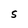
Character: S